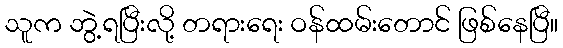
သူက ဘွဲ့ရပြီးလို့ တရားရေး ဝန်ထမ်းတောင် ဖြစ်နေပြီ။